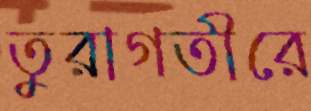
তুরাগতীরে